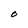
Character: O